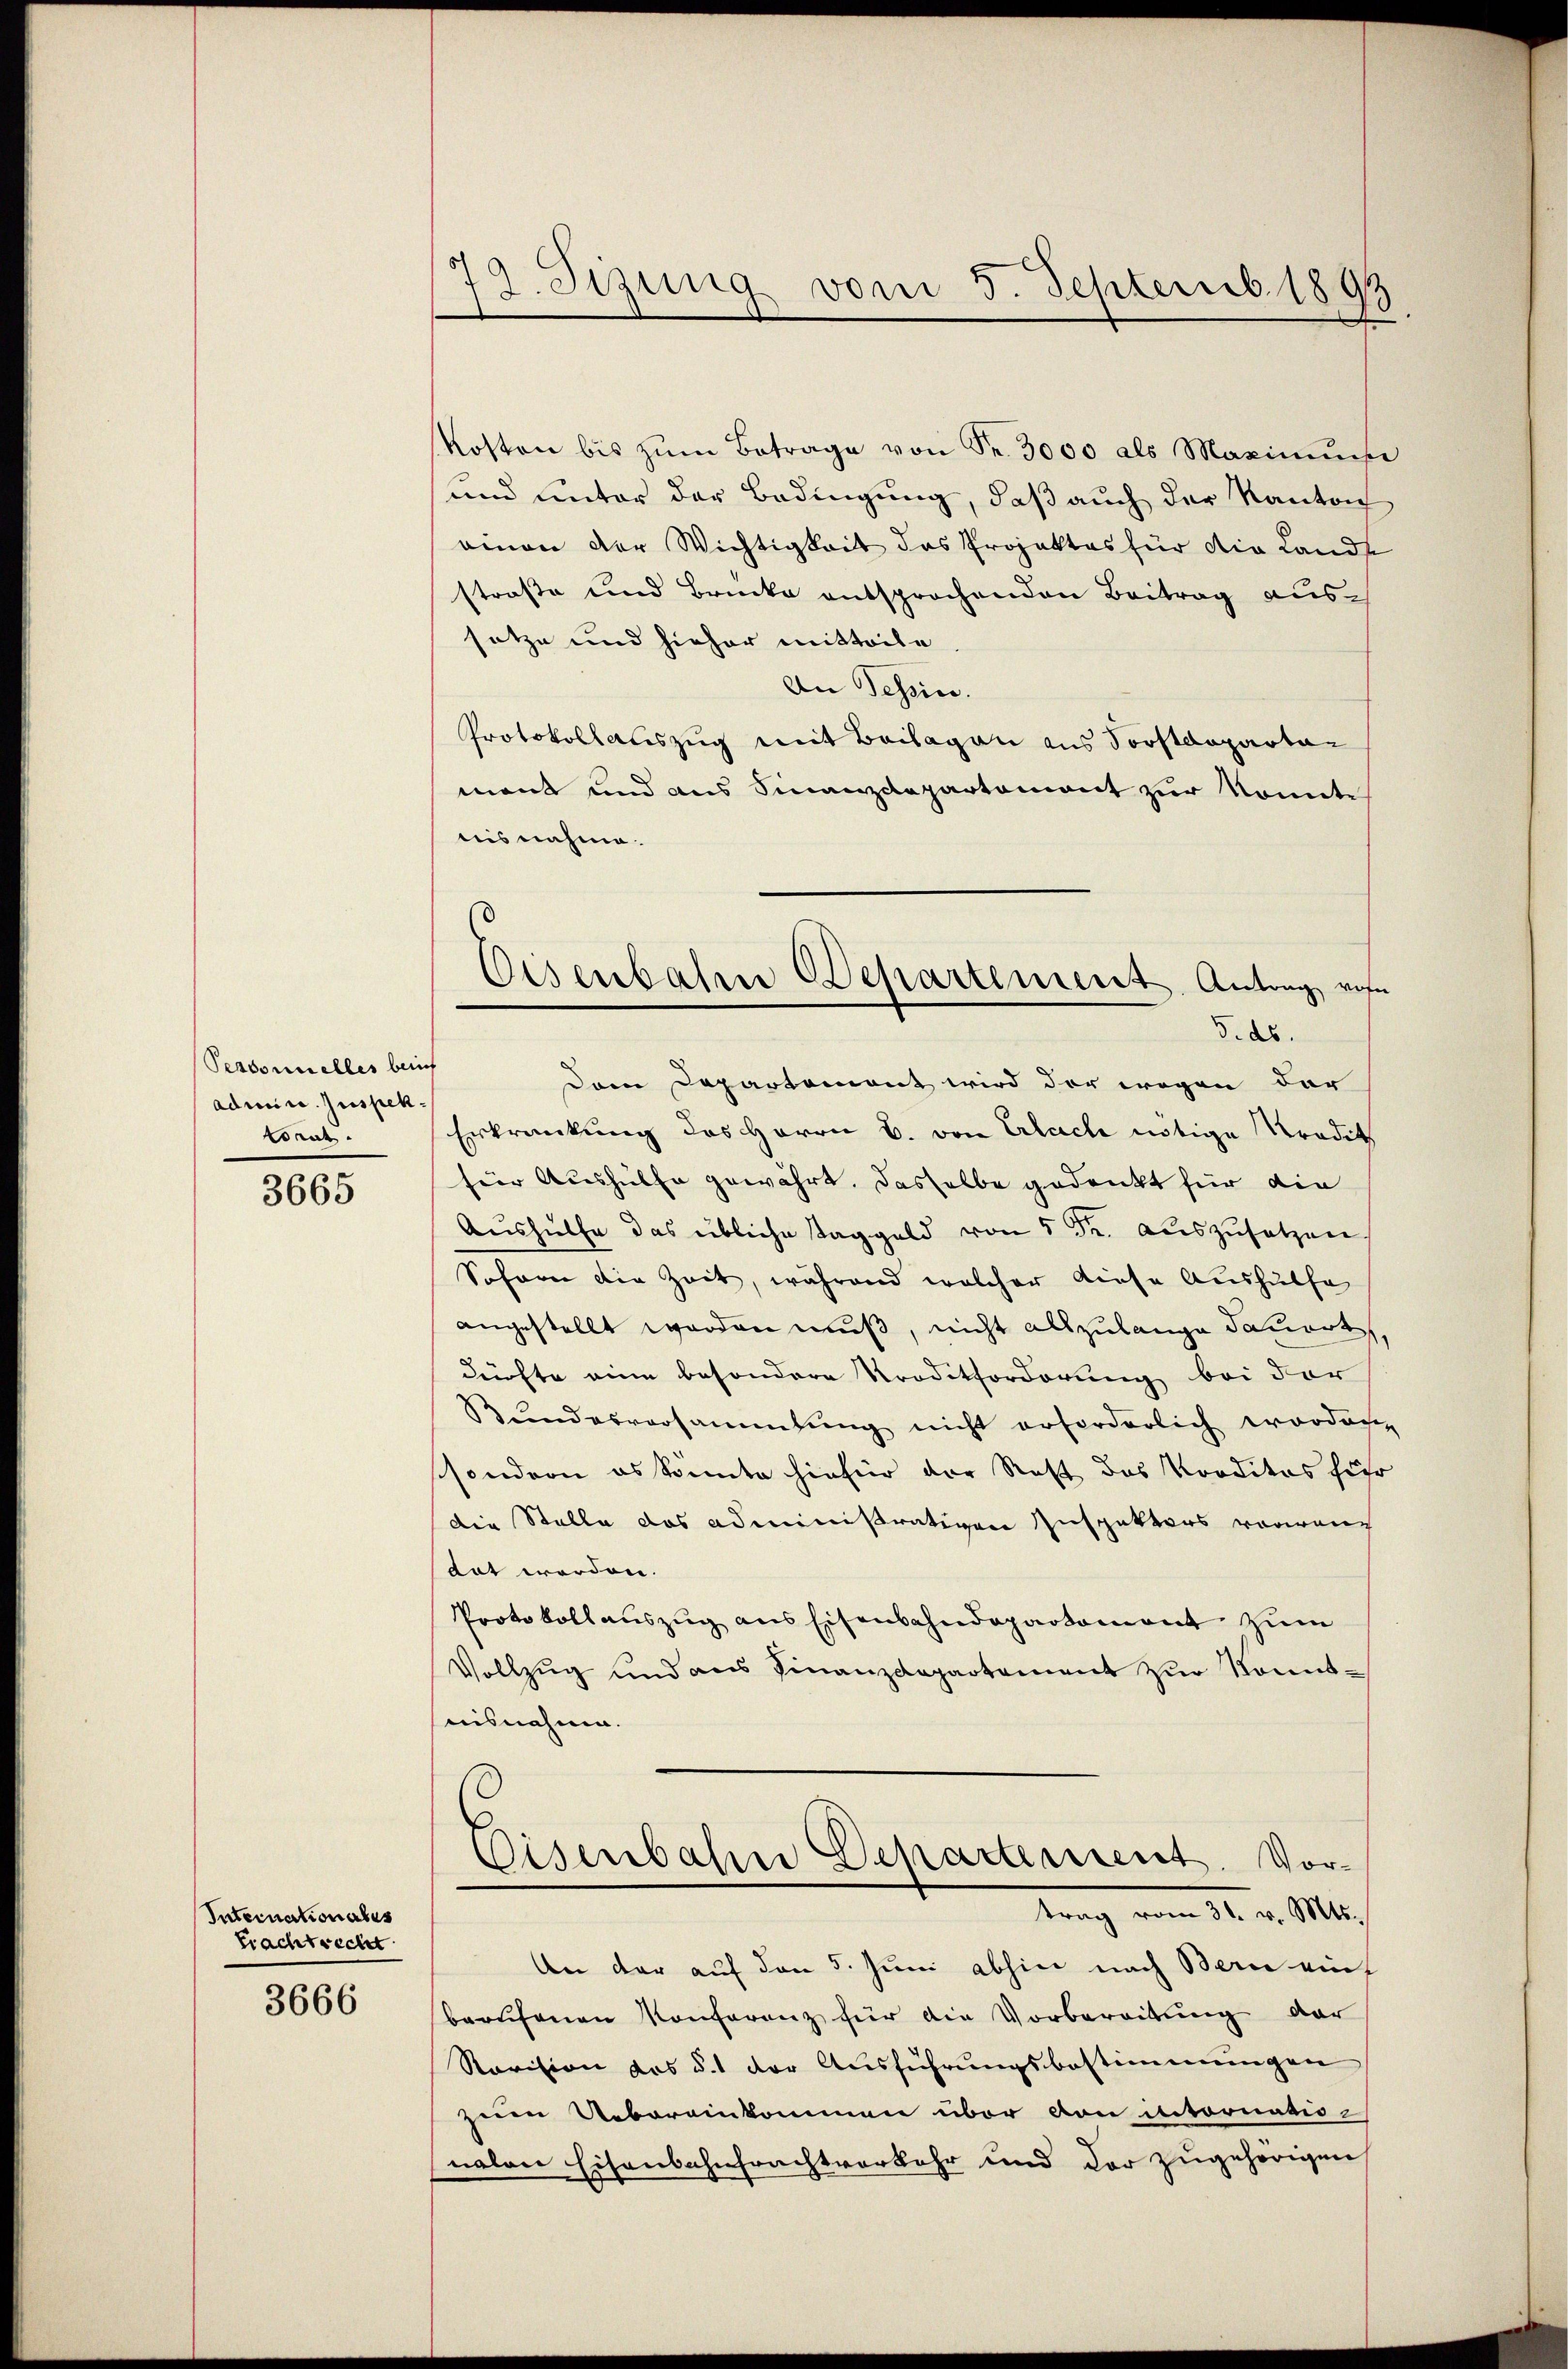
Personnelles beruf
aduire. Inspektorat.

3665

Internationales
brachtrecht

3666

78. Sizung vom 5. Septemb. 1893

kosten bis zŭm Betrage von Fr. 3000 als Maximŭmsi
und unter der Bedingung, daß auch der Kanton
ainen der Wichtigkeit das Projektes für die Lande
straße und Brücke entsprochenden Beitrag aussetze und hieher mitteile
An Tessin.
Protokollauszug mit Beilagen aus Sorstdepartamant und aus Finanzdepartemont zur Komite
nis nahme.
Dem Departemont wird der wegen der
Erkrankung des Herrn B. von Erlach nötige Tradit
für Aushülfe gewährt. Dasselbe gedankt für die
Aushülfe das übliche Taggeld von 5 Fr. auszusetzen
Sohann die Zeit, während welcher diese Aushülfe
angestellt worden muß, nicht allzulange dauert,
dürfte eine besondere Troditforderung bei der
Rŭndesversammlung nicht erforderlich worden,
ssondern es könnte hiefür der Rest das Korditas für
die Stelle das administrativen Inspekters vorwand
dat werden.
Protokollauszug aus Eisenbahndepartament zum
Vollzug und aus Finanzdepartement zur konntuisnahme.
Eisenbahne Departement. Vortrag vom 31. v. Mts.
An der auf den 5. Juni abhin nach Bern auf
berufenen Konferenz für die Vorbereitung der
Revision des §. 1 der Ausführungsbestimmungen
zum Uebereinkommen über von intornationalen Eisenbahnfrachtverkehr und der zugehörigen

Eisenbahre Departement. Antrag von
3. ds.